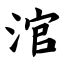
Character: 涫